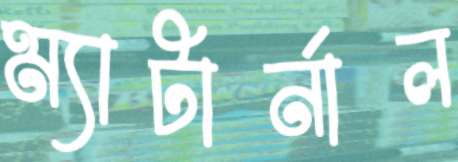
ম্যাটার্নাল